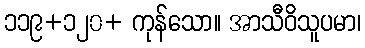
၁၁၉+၁၂၀+ ကုန်သော။ အာသီဝိသူပမာ၊